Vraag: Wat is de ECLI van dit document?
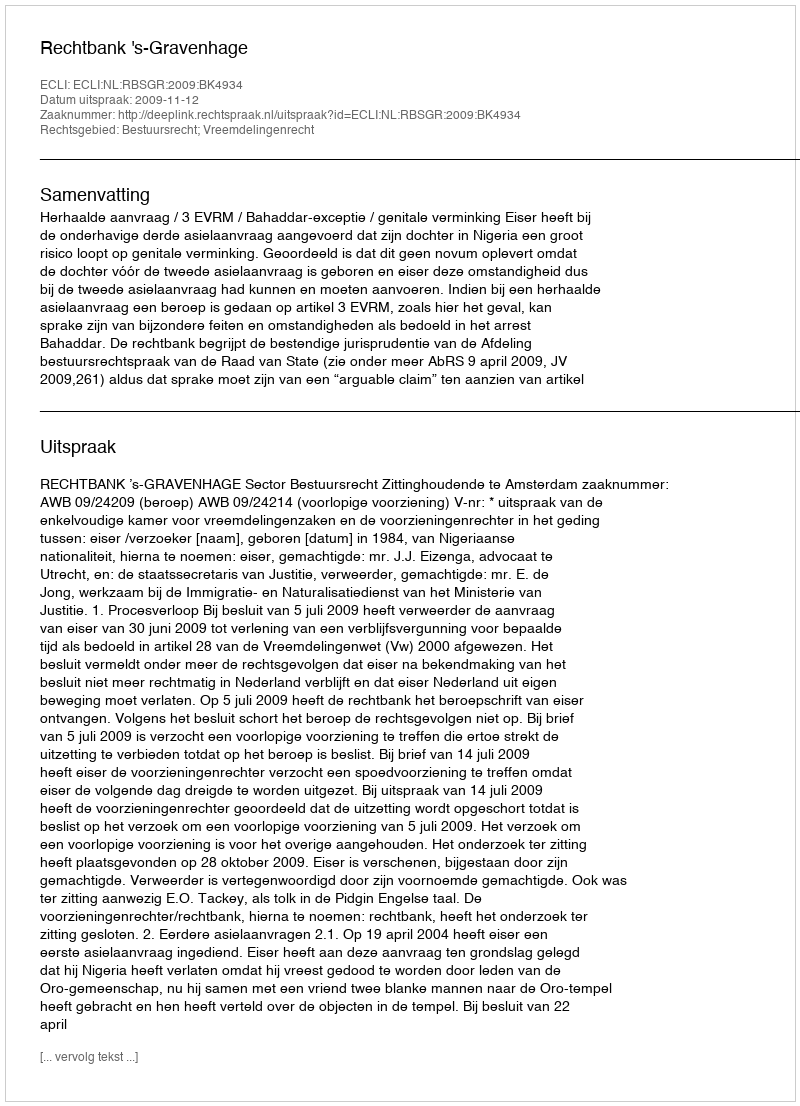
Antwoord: ECLI:NL:RBSGR:2009:BK4934